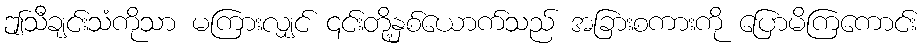
ဤသီချင်းသံကိုသာ မကြားလျှင် ၎င်းတို့နှစ်ယောက်သည် အခြားစကားကို ပြောမိကြကောင်း